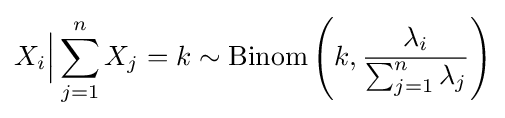
X_{i}{\Big |}\sum _{j=1}^{n}X_{j}=k\sim \mathrm {Binom} \left(k,{\frac {\lambda _{i}}{\sum _{j=1}^{n}\lambda _{j}}}\right)